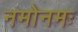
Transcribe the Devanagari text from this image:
नमोनमः